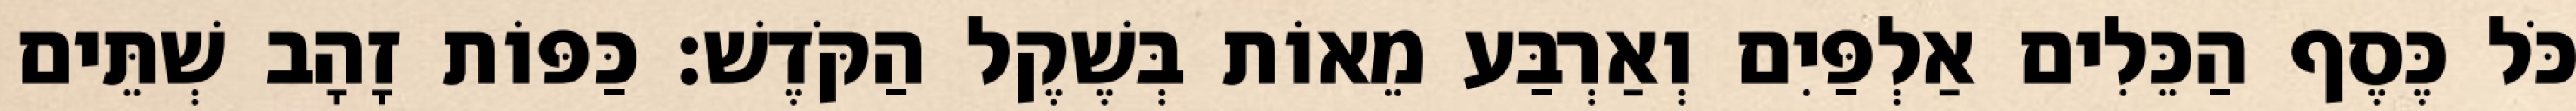
כֹּל כֶּסֶף הַכֵּלִים אַלְפַּיִם וְאַרְבַּע מֵאוֹת בְּשֶׁקֶל הַקֹּדֶשׁ׃ כַּפּוֹת זָהָב שְׁתֵּים